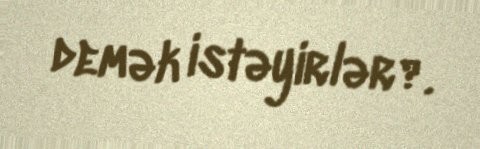
demək istəyirlər?.